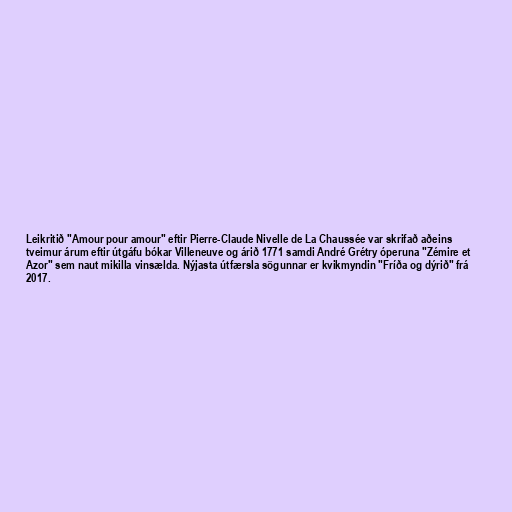
Leikritið "Amour pour amour" eftir Pierre-Claude Nivelle de La Chaussée var skrifað aðeins
tveimur árum eftir útgáfu bókar Villeneuve og árið 1771 samdi André Grétry óperuna "Zémire et
Azor" sem naut mikilla vinsælda. Nýjasta útfærsla sögunnar er kvikmyndin "Fríða og dýrið" frá
2017.